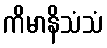
ကိမာနိသံသံ